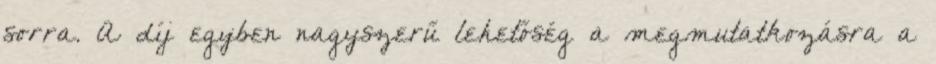
sorra. A díj egyben nagyszerű lehetőség a megmutatkozásra a